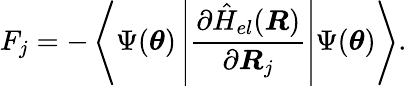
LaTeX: F_{j}=-\left\langle\Psi(\boldsymbol{\theta})\left|\frac{\partial\hat{H}_{el}(\boldsymbol{R})}{\partial\boldsymbol{R}_{j}}\right|\Psi(\boldsymbol{\theta})\right\rangle.